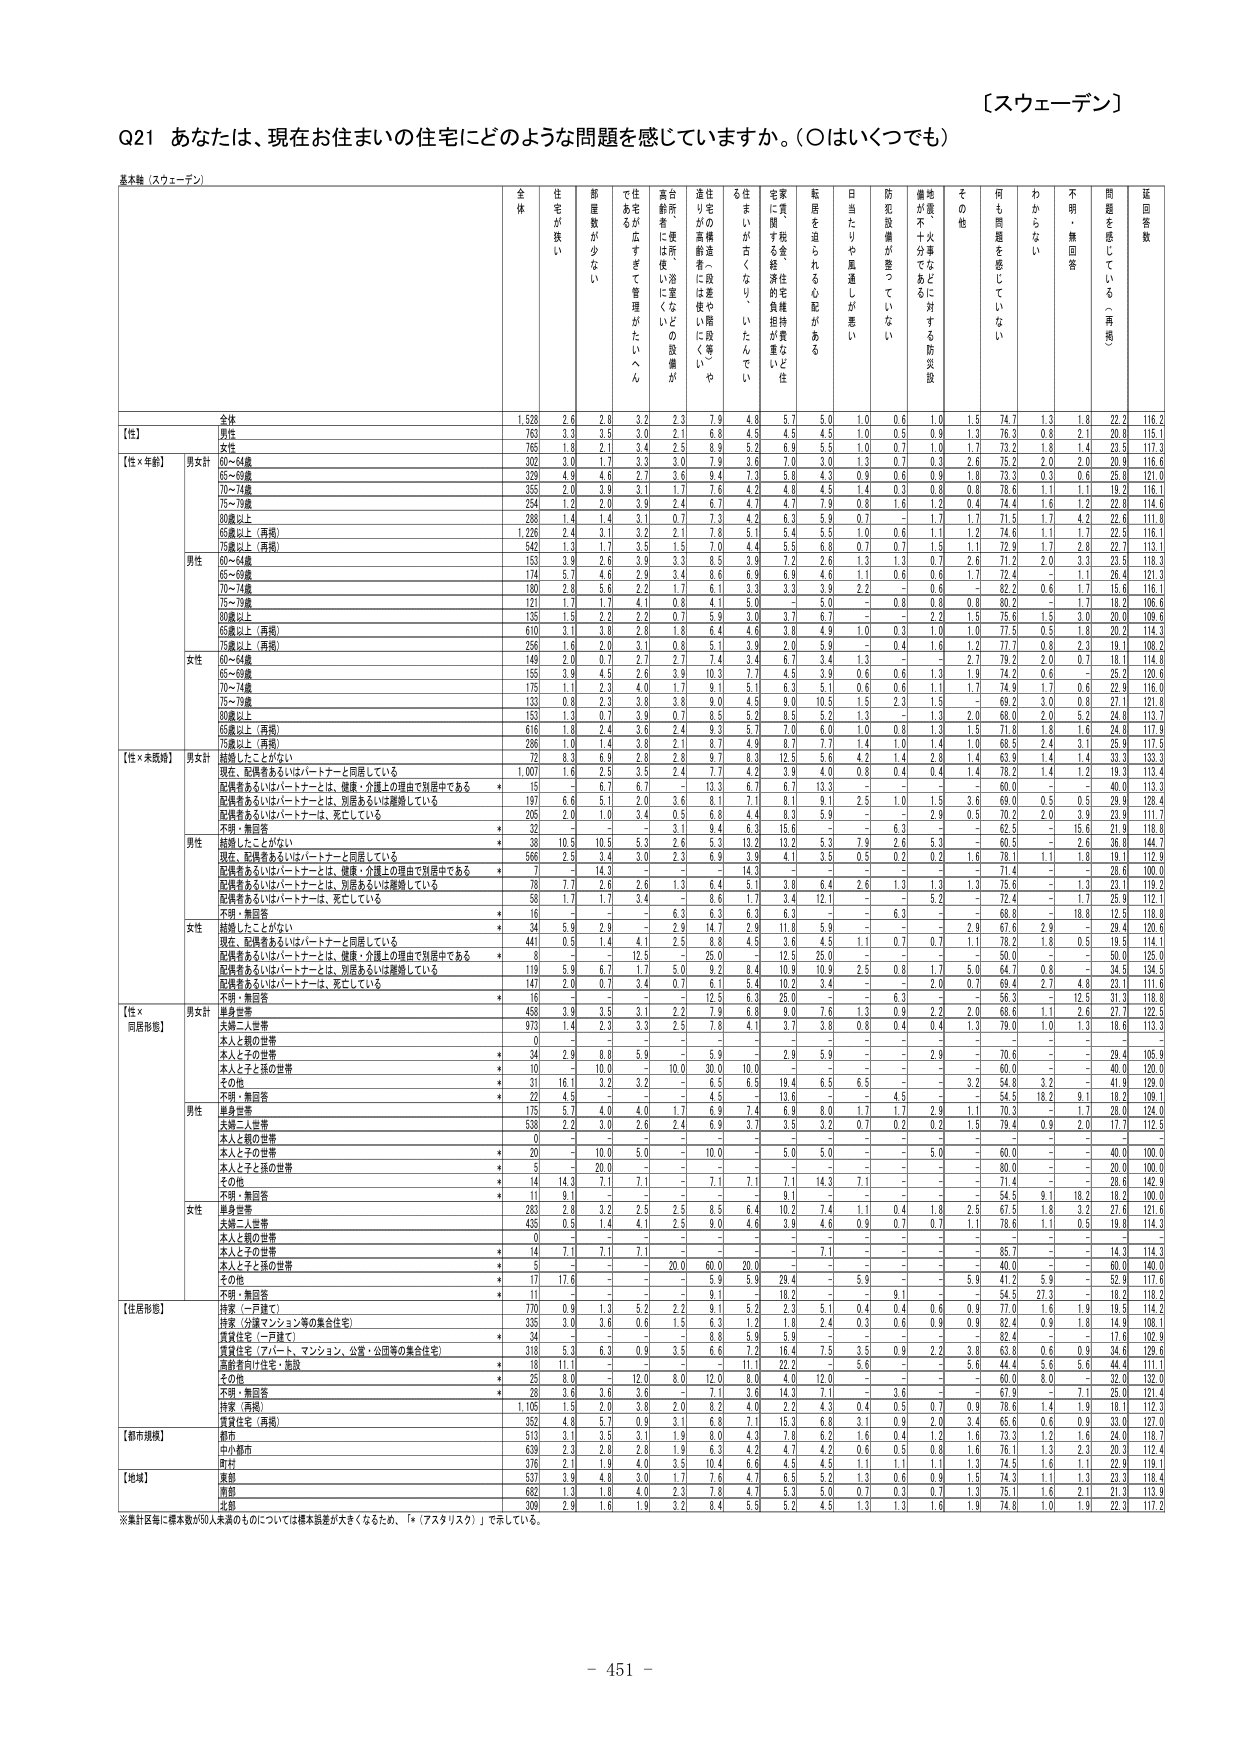
【スウェーデン】

Q21 あなたは、現在お住まいの住宅にどのような問題を感じていますか。（○はいくつでも）

基本集（スウェーデン）

全体 住宅が狭い 部屋数が少ない 住み易さが低下してきて管理がたいへん 高齢者には使いにくい（浴室などとの設備が） 台所・便所・浴室などに使いにくい 住宅の老廃進（段差や階段等）や 住まいが古くなりたいたんでい 家具・間取り等の住宅の維持が重いと住 宅に隠す金・経済的負担が重い 転居を恐らるる心配がある 日当たりや風通しが悪い 防犯設備が整っていない 地震・火事などに対する防災設備が不十分である その他 何も問題を感じていない わからない 不明・無回答 問題を感じている（再掲） 延回答数

全体 1,528 2.6 2.6 3.2 2.3 7.9 4.8 5.7 5.0 1.0 0.6 1.0 1.5 74.7 1.3 1.8 22.2 116.2
【性】 男性 763 3.3 3.5 3.0 2.1 6.8 4.5 4.5 4.5 1.0 0.5 0.9 1.3 76.3 0.8 2.1 20.8 115.1
女性 765 1.8 2.1 3.4 2.5 8.9 5.2 6.8 5.5 1.0 0.7 1.0 1.7 73.2 1.8 1.4 23.5 117.3
【性×年齢】 男女計 60～64歳 302 3.0 1.7 3.3 3.0 7.9 3.6 7.0 3.0 0.3 0.7 0.3 2.6 75.2 2.0 2.0 20.9 116.6
65～69歳 329 4.9 4.6 2.7 3.6 9.4 7.3 5.8 4.3 0.9 0.6 0.8 1.8 73.3 0.3 0.6 25.8 121.0
70～74歳 355 2.0 3.9 3.1 1.7 7.6 4.3 4.8 4.5 1.4 0.3 0.8 0.8 78.6 1.1 1.1 19.3 116.1
75～79歳 254 1.2 2.0 3.9 2.4 6.7 4.7 4.7 7.9 0.8 1.6 1.2 0.4 74.4 1.6 1.2 22.8 114.6
80歳以上 288 1.4 1.4 3.1 0.7 7.3 4.2 6.3 5.9 0.7 - 1.7 1.7 71.5 1.7 4.2 22.6 111.8
65歳以上（再掲） 1,226 2.4 3.1 3.2 2.1 7.8 5.1 5.4 5.5 1.0 0.6 1.1 1.2 74.6 1.1 1.7 22.5 116.1
75歳以上（再掲） 542 1.3 1.7 3.5 1.5 7.0 4.4 5.5 6.8 0.7 0.7 1.5 1.1 72.9 1.7 2.8 22.7 113.1
男性 60～64歳 153 3.9 2.6 3.9 3.3 8.5 3.9 7.2 2.6 1.3 1.3 0.7 2.6 71.2 2.0 3.3 23.5 118.3
65～69歳 174 5.7 4.6 2.9 3.4 8.6 6.9 6.8 4.6 1.1 0.6 0.6 1.7 72.4 - 1.1 26.4 121.3
70～74歳 180 2.8 5.6 2.2 1.7 6.1 3.3 3.3 3.9 2.2 - 0.8 - 82.2 0.6 1.7 15.3 116.1
75～79歳 121 1.7 1.7 4.1 0.8 4.1 5.0 - 5.0 - 0.8 0.8 0.8 80.2 - 1.7 18.3 106.6
80歳以上 135 1.5 2.2 2.2 0.7 5.9 3.0 3.7 6.7 - - 2.2 1.5 75.6 1.5 3.0 20.0 109.6
65歳以上（再掲） 610 3.1 3.8 2.8 1.8 6.4 4.6 3.8 4.9 1.0 0.3 1.0 1.0 77.5 0.5 1.8 20.2 114.3
75歳以上（再掲） 256 1.6 2.0 3.1 0.8 5.1 3.9 2.0 5.9 - 0.4 1.6 1.2 77.7 0.8 2.3 19.1 108.2
女性 60～64歳 149 2.0 0.7 2.7 2.7 7.4 3.4 6.7 3.4 1.3 - - 2.7 79.2 2.0 0.7 18.1 114.8
65～69歳 155 3.9 4.5 2.6 3.9 10.3 7.7 4.5 3.9 0.6 0.6 1.3 1.9 74.2 0.6 - 25.2 120.6
70～74歳 175 1.1 2.3 4.0 1.7 9.1 5.1 6.3 5.1 0.6 0.6 1.1 1.7 74.9 1.7 0.6 22.9 116.0
75～79歳 133 0.8 2.3 3.8 3.8 9.0 4.5 6.0 10.5 1.5 2.3 1.8 - 69.2 3.0 0.8 27.1 121.6
80歳以上 153 1.3 0.7 3.9 0.7 9.4 5.3 8.5 5.2 0.3 - 1.3 2.0 68.0 2.0 5.2 24.8 113.7
65歳以上（再掲） 616 1.8 2.4 3.6 2.4 9.3 5.7 7.0 6.0 1.0 0.8 1.3 1.5 71.8 1.8 1.6 24.8 117.9
75歳以上（再掲） 286 1.0 1.4 3.8 2.1 8.7 4.9 8.7 7.7 1.4 1.0 1.4 1.0 68.5 2.4 3.1 25.9 117.5
【性×未婚別】 男女計 結婚したことがない 72 8.3 6.9 2.8 2.8 9.7 8.3 12.5 5.6 4.2 1.4 2.8 1.4 63.9 1.4 1.4 33.3 133.3
現在、配偶者あるいはパートナーと同居している 1,007 1.6 2.5 3.5 2.4 7.7 4.2 3.9 4.0 0.8 0.4 0.4 1.4 78.2 1.4 1.2 19.3 113.4
配偶者あるいはパートナーとは、健康・介護上の理由で別居中である * 15 - 6.7 6.7 - 13.3 6.7 6.7 13.3 - - - - 60.0 - - 40.0 113.3
配偶者あるいはパートナーとは、別居あるいは離婚している 197 6.6 5.1 2.0 3.6 8.1 7.1 8.1 9.1 2.5 1.0 1.5 3.6 69.0 0.5 0.5 29.9 128.4
配偶者あるいはパートナーとは、死亡している 205 2.0 1.0 3.4 0.5 6.8 4.4 8.3 5.9 - - 2.9 0.5 70.2 2.0 3.9 23.9 117.7
不明・無回答 * 32 - - - 3.1 9.4 6.3 15.6 - - 6.3 - - 62.5 - 15.6 21.9 118.8
男性 結婚したことがない * 38 10.5 10.5 5.3 2.6 5.3 13.2 13.2 5.3 7.9 2.6 5.3 - 60.5 - 2.6 36.8 144.7
現在、配偶者あるいはパートナーと同居している 566 2.5 3.4 3.0 2.3 6.9 3.9 4.1 3.5 0.5 0.2 0.2 1.6 78.1 1.1 1.8 19.1 112.9
配偶者あるいはパートナーとは、健康・介護上の理由で別居中である * 7 - 14.3 - - - 14.3 - - - - - - 71.4 - - 28.6 100.0
配偶者あるいはパートナーとは、別居あるいは離婚している 78 7.7 2.6 2.6 1.3 6.4 5.1 3.8 6.4 2.6 1.3 1.3 1.3 75.6 - 1.3 23.1 119.2
配偶者あるいはパートナーは、死亡している 58 1.7 1.7 3.4 - 8.6 1.7 3.4 12.1 - - 5.2 - 72.4 - 1.7 25.9 112.1
不明・無回答 * 16 - - - 6.3 6.3 6.3 6.3 - - 6.3 - - 68.8 - 18.8 12.5 118.8
女性 結婚したことがない * 34 5.9 2.9 - 2.9 14.7 2.9 11.8 5.9 - - - 2.9 67.6 2.9 - 29.4 120.6
現在、配偶者あるいはパートナーと同居している 441 0.5 1.4 4.1 2.5 8.6 4.5 3.6 4.5 1.1 0.7 0.7 1.1 78.2 1.8 0.5 19.5 114.1
配偶者あるいはパートナーとは、健康・介護上の理由で別居中である * 8 - - 12.5 - 8.3 12.5 - 25.0 - - - - 50.0 - - 50.0 100.0
配偶者あるいはパートナーとは、別居あるいは離婚している 119 5.9 6.7 1.7 5.0 9.2 8.4 10.9 10.9 2.5 0.8 1.7 5.0 64.7 0.8 - 34.5 134.5
配偶者あるいはパートナーは、死亡している 147 2.0 0.7 3.4 0.7 6.1 5.4 10.2 3.4 - - 2.0 0.7 69.4 2.7 4.8 23.1 111.6
不明・無回答 * 16 - - - - 12.5 6.3 25.0 - - 6.3 - - 56.3 - 12.5 31.3 118.8
【性×同居形態】 男女計 単身世帯 458 3.9 3.5 3.1 2.2 7.9 6.8 9.0 7.6 1.3 0.9 2.2 2.0 68.6 1.1 2.6 27.7 122.5
夫婦二人世帯 973 1.4 2.3 3.3 2.5 7.8 4.1 3.7 3.8 0.8 0.4 0.4 1.3 79.0 1.0 1.3 18.6 113.3
本人と親の世帯 0 - - - - - - - - - - - - - - - - -
本人と子の世帯 * 34 2.9 8.8 5.9 - 5.9 - 2.9 5.9 - - 2.9 - 70.6 - - 29.4 105.9
本人と子と孫の世帯 * 10 - 10.0 - 10.0 30.0 10.0 - - - - - - 60.0 - - 40.0 120.0
その他 * 31 16.1 3.2 3.2 - 6.5 6.5 19.4 6.5 6.5 - - 3.2 54.8 3.2 - 41.9 133.0
不明・無回答 * 22 4.5 - - - 4.5 - 13.6 - - 4.5 - - 54.5 18.2 9.1 18.2 109.1
男性 単身世帯 175 5.7 4.0 4.0 1.7 6.9 7.4 6.9 8.0 1.7 1.7 2.9 1.1 70.3 - 1.7 28.0 124.0
夫婦二人世帯 538 2.2 3.0 2.6 2.4 6.9 3.7 3.5 3.2 0.7 0.2 0.2 1.5 79.4 0.9 2.0 17.7 112.5
本人と親の世帯 0 - - - - - - - - - - - - - - - - -
本人と子の世帯 * 20 - 10.0 5.0 - 10.0 - 5.0 5.0 - - 5.0 - 60.0 - - 40.0 100.0
本人と子と孫の世帯 * 5 - 20.0 - - - - - - - - - - 80.0 - - 20.0 100.0
その他 * 14 14.3 7.1 7.1 - 7.1 7.1 7.1 14.3 7.1 - - - 71.4 - - 28.6 142.9
不明・無回答 * 11 9.1 - - - - - 9.1 - - 2.3 - - 54.5 9.1 18.2 18.2 100.0
女性 単身世帯 283 2.8 3.2 2.5 2.5 8.5 6.4 10.2 7.4 1.1 0.4 1.8 2.5 67.5 1.8 3.2 27.5 121.6
夫婦二人世帯 435 0.5 1.4 4.1 2.5 9.0 4.6 3.9 4.6 0.9 0.7 0.7 1.1 78.6 1.1 0.5 19.8 114.3
本人と親の世帯 0 - - - - - - - - - - - - - - - - -
本人と子の世帯 * 14 7.1 7.1 7.1 - - - - 7.1 - - - - 85.7 - - 14.3 114.3
本人と子と孫の世帯 * 5 - - - 20.0 60.0 20.0 - - - - - - 40.0 - - 60.0 140.0
その他 * 17 17.6 - - - 5.9 5.9 29.4 - 5.9 - - 5.9 41.2 5.9 - 52.9 117.6
不明・無回答 * 11 - - - - 9.1 - 18.2 - - 9.1 - - 54.5 27.3 - 18.2 118.2
【住居形態】 持家（一戸建て） 770 0.9 1.3 5.2 2.2 9.1 5.2 2.3 5.1 0.4 0.4 0.6 0.9 77.0 1.6 1.9 19.5 114.2
持家（分譲マンション等の集合住宅） 335 3.0 3.6 0.6 1.5 6.3 1.2 1.8 2.4 0.3 0.6 0.9 0.9 82.4 0.9 1.8 14.9 108.1
賃貸住宅（一戸建て） * 34 - - - - 8.8 5.9 5.9 - - - - - 82.4 - - 17.6 102.9
賃貸住宅（アパート、マンション、公営・公団等の集合住宅） 318 5.3 6.3 0.9 3.5 6.6 7.2 16.4 7.5 3.5 0.9 2.2 3.8 63.8 0.6 0.9 34.6 129.6
高齢者向け住宅・施設 * 18 11.1 - - - - 11.1 22.2 - 5.6 - - 5.6 44.4 5.6 5.6 44.4 111.1
その他 * 25 8.0 - 12.0 8.0 12.0 8.0 4.0 12.0 - - - - 60.0 8.0 - 32.0 132.0
不明・無回答 * 28 3.6 3.6 3.6 - 7.1 3.6 14.3 7.1 - 3.6 - - 67.9 - 7.1 25.0 121.4
持家（再掲） 1,105 1.5 2.0 3.8 2.0 8.2 4.0 2.2 4.3 0.4 0.5 0.7 0.9 78.6 1.4 1.9 18.1 112.3
賃貸住宅（再掲） 352 4.8 5.7 0.9 3.1 6.8 7.1 15.3 6.8 3.1 0.9 2.0 3.4 65.6 0.6 0.9 33.0 127.0
【都市規模】 都市 513 3.1 3.5 3.1 1.9 8.0 4.3 7.8 6.2 1.8 0.4 1.2 1.6 75.3 1.2 1.6 24.0 118.7
中小都市 630 2.3 2.6 2.9 1.9 6.3 4.2 4.7 4.2 0.8 0.5 0.8 1.6 76.1 1.3 2.3 20.3 112.4
町村 376 2.1 1.9 4.0 3.5 10.4 6.6 4.5 4.5 1.1 1.1 1.1 1.3 74.5 1.6 1.1 22.9 119.1
【地域】 東部 537 3.9 4.8 3.0 1.7 7.6 4.7 6.5 5.2 1.3 0.6 0.9 1.5 74.3 1.1 1.3 23.3 118.4
南部 682 1.3 1.8 4.0 2.3 7.8 4.7 5.3 5.0 0.7 0.3 0.7 1.3 75.1 1.6 2.1 21.3 113.9
北部 309 2.9 1.6 1.9 3.2 8.4 5.5 5.2 4.5 1.3 1.3 1.6 1.9 74.8 1.0 1.9 22.3 117.2

※集計区毎に標本数が50人未満のものについては標本誤差が大きくなるため、「*（アスタリスク）」で示している。

- 451 -